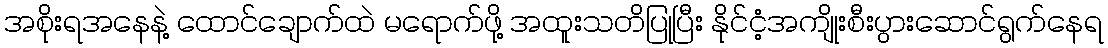
အစိုးရအနေနဲ့ ထောင်ချောက်ထဲ မရောက်ဖို့ အထူးသတိပြုပြီး နိုင်ငံ့အကျိုးစီးပွားဆောင်ရွက်နေရ